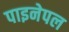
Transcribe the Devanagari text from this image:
पाइनेपल